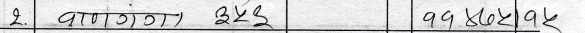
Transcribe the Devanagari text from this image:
२. बालकृष्ण ३५९ ११४८०५